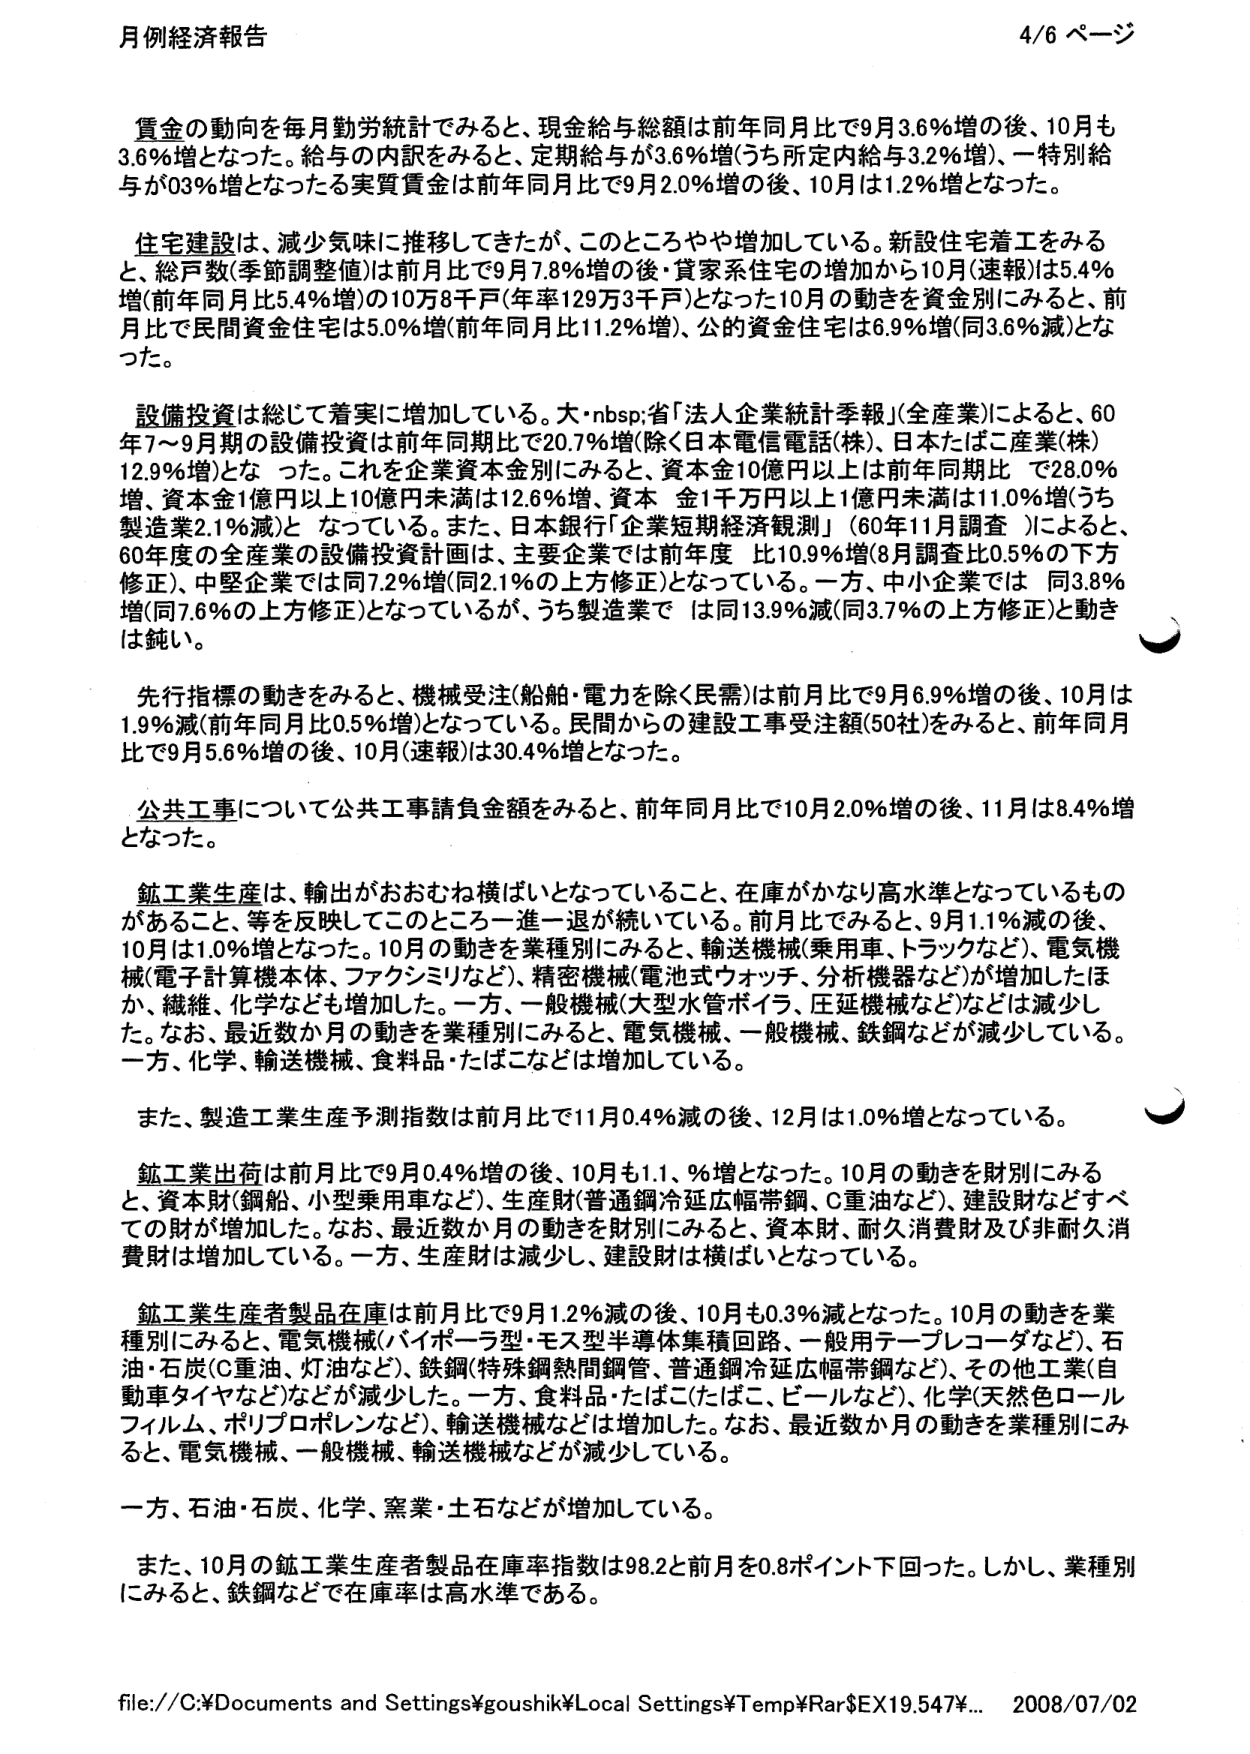
月例経済報告 4/6 ページ

賃金の動向を毎月勤労統計でみると、現金給与総額は前年同月比で9月3.6%増の後、10月も3.6%増となった。給与の内訳をみると、定期給与が3.6%増（うち所定内給与3.2%増）、一特別給与が03%増となったる実質賃金は前年同月比で9月2.0%増の後、10月は1.2%増となった。

住宅建設は、減少気味に推移してきたが、このところやや増加している。新設住宅着工をみると、総戸数（季節調整値）は前月比で9月7.8%増の後・貸家系住宅の増加から10月（速報）は5.4%増（前年同月比5.4%増）の10万8千戸（年率129万3千戸）となった10月の動きを資金別にみると、前月比で民間資金住宅は5.0%増（前年同月比11.2%増）、公的資金住宅は6.9%増（同3.6%減）となった。

設備投資は総じて着実に増加している。大・nbsp;省「法人企業統計季報」（全産業）によると、60年7～9月期の設備投資は前年同期比で20.7%増（除く日本電信電話（株）、日本たばこ産業（株）12.9%増）となった。これを企業資本金別にみると、資本金10億円以上は前年同期比で28.0%増、資本金1億円以上10億円未満は12.6%増、資本金1千万円以上1億円未満は11.0%増（うち製造業2.1%減）となっている。また、日本銀行「企業短期経済観測」（60年11月調査）によると、60年度の全産業の設備投資計画は、主要企業では前年度比10.9%増（8月調査比0.5%の下方修正）、中堅企業では同7.2%増（同2.1%の上方修正）となっている。一方、中小企業では同3.8%増（同7.6%の上方修正）となっているが、うち製造業では同13.9%減（同3.7%の上方修正）と動きは鈍い。

先行指標の動きをみると、機械受注（船舶・電力を除く民需）は前月比で9月6.9%増の後、10月は1.9%減（前年同月比0.5%増）となっている。民間からの建設工事受注額（50社）をみると、前年同月比で9月5.6%増の後、10月（速報）は30.4%増となった。

公共工事について公共工事請負金額をみると、前年同月比で10月2.0%増の後、11月は8.4%増となった。

鉱工業生産は、輸出がおおむね横ばいとなっていること、在庫がかなり高水準となっているものがあること、等を反映してこのところ一進一退が続いている。前月比でみると、9月1.1%減の後、10月は1.0%増となった。10月の動きを業種別にみると、輸送機械（乗用車、トラックなど）、電気機械（電子計算機本体、ファクシミリなど）、精密機械（電池式ウォッチ、分析機器など）が増加したほか、繊維、化学なども増加した。一方、一般機械（大型水管ボイラ、圧延機械など）などは減少した。なお、最近数か月の動きを業種別にみると、電気機械、一般機械、鉄鋼などが減少している。一方、化学、輸送機械、食料品・たばこなどは増加している。

また、製造工業生産予測指数は前月比で11月0.4%減の後、12月は1.0%増となっている。

鉱工業出荷は前月比で9月0.4%増の後、10月も1.1、％増となった。10月の動きを財別にみると、資本財（鋼船、小型乗用車など）、生産財（普通鋼冷延広幅帯鋼、Ｃ重油など）、建設財などすべての財が増加した。なお、最近数か月の動きを財別にみると、資本財、耐久消費財及び非耐久消費財は増加している。一方、生産財は減少し、建設財は横ばいとなっている。

鉱工業生産者製品在庫は前月比で9月1.2%減の後、10月も0.3%減となった。10月の動きを業種別にみると、電気機械（バイポーラ型・モス型半導体集積回路、一般用テープレコーダなど）、石油・石炭（Ｃ重油、灯油など）、鉄鋼（特殊鋼熱間鋼管、普通鋼冷延広幅帯鋼など）、その他工業（自動車タイヤなど）などが減少した。一方、食料品・たばこ（たばこ、ビールなど）、化学（天然色ロールフィルム、ポリプロピレンなど）、輸送機械などは増加した。なお、最近数か月の動きを業種別にみると、電気機械、一般機械、輸送機械などが減少している。

一方、石油・石炭、化学、窯業・土石などが増加している。

また、10月の鉱工業生産者製品在庫率指数は98.2と前月を0.8ポイント下回った。しかし、業種別にみると、鉄鋼などで在庫率は高水準である。

file://C:\Documents and Settings\goushik\Local Settings\Temp\Jar$EX19.547%... 2008/07/02